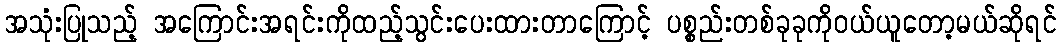
အသုံးပြုသည့် အကြောင်းအရင်းကိုထည့်သွင်းပေးထားတာကြောင့် ပစ္စည်းတစ်ခုခုကိုဝယ်ယူတော့မယ်ဆိုရင်